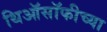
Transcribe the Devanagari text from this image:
थिऑसॉफीच्या